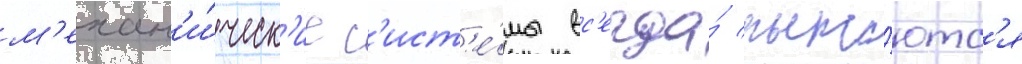
м'ехан'и́ческ'ие с'ист'е́мы вс'егда́ пыта́ютс'я